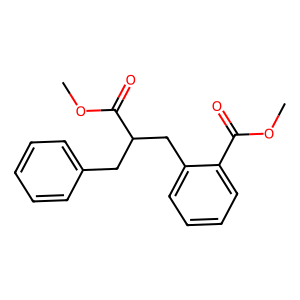
SMILES: COC(=O)c1ccccc1CC(Cc1ccccc1)C(=O)OC
Inhibits HIV replication: No